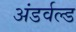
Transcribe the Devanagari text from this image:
अंडर्वल्ड